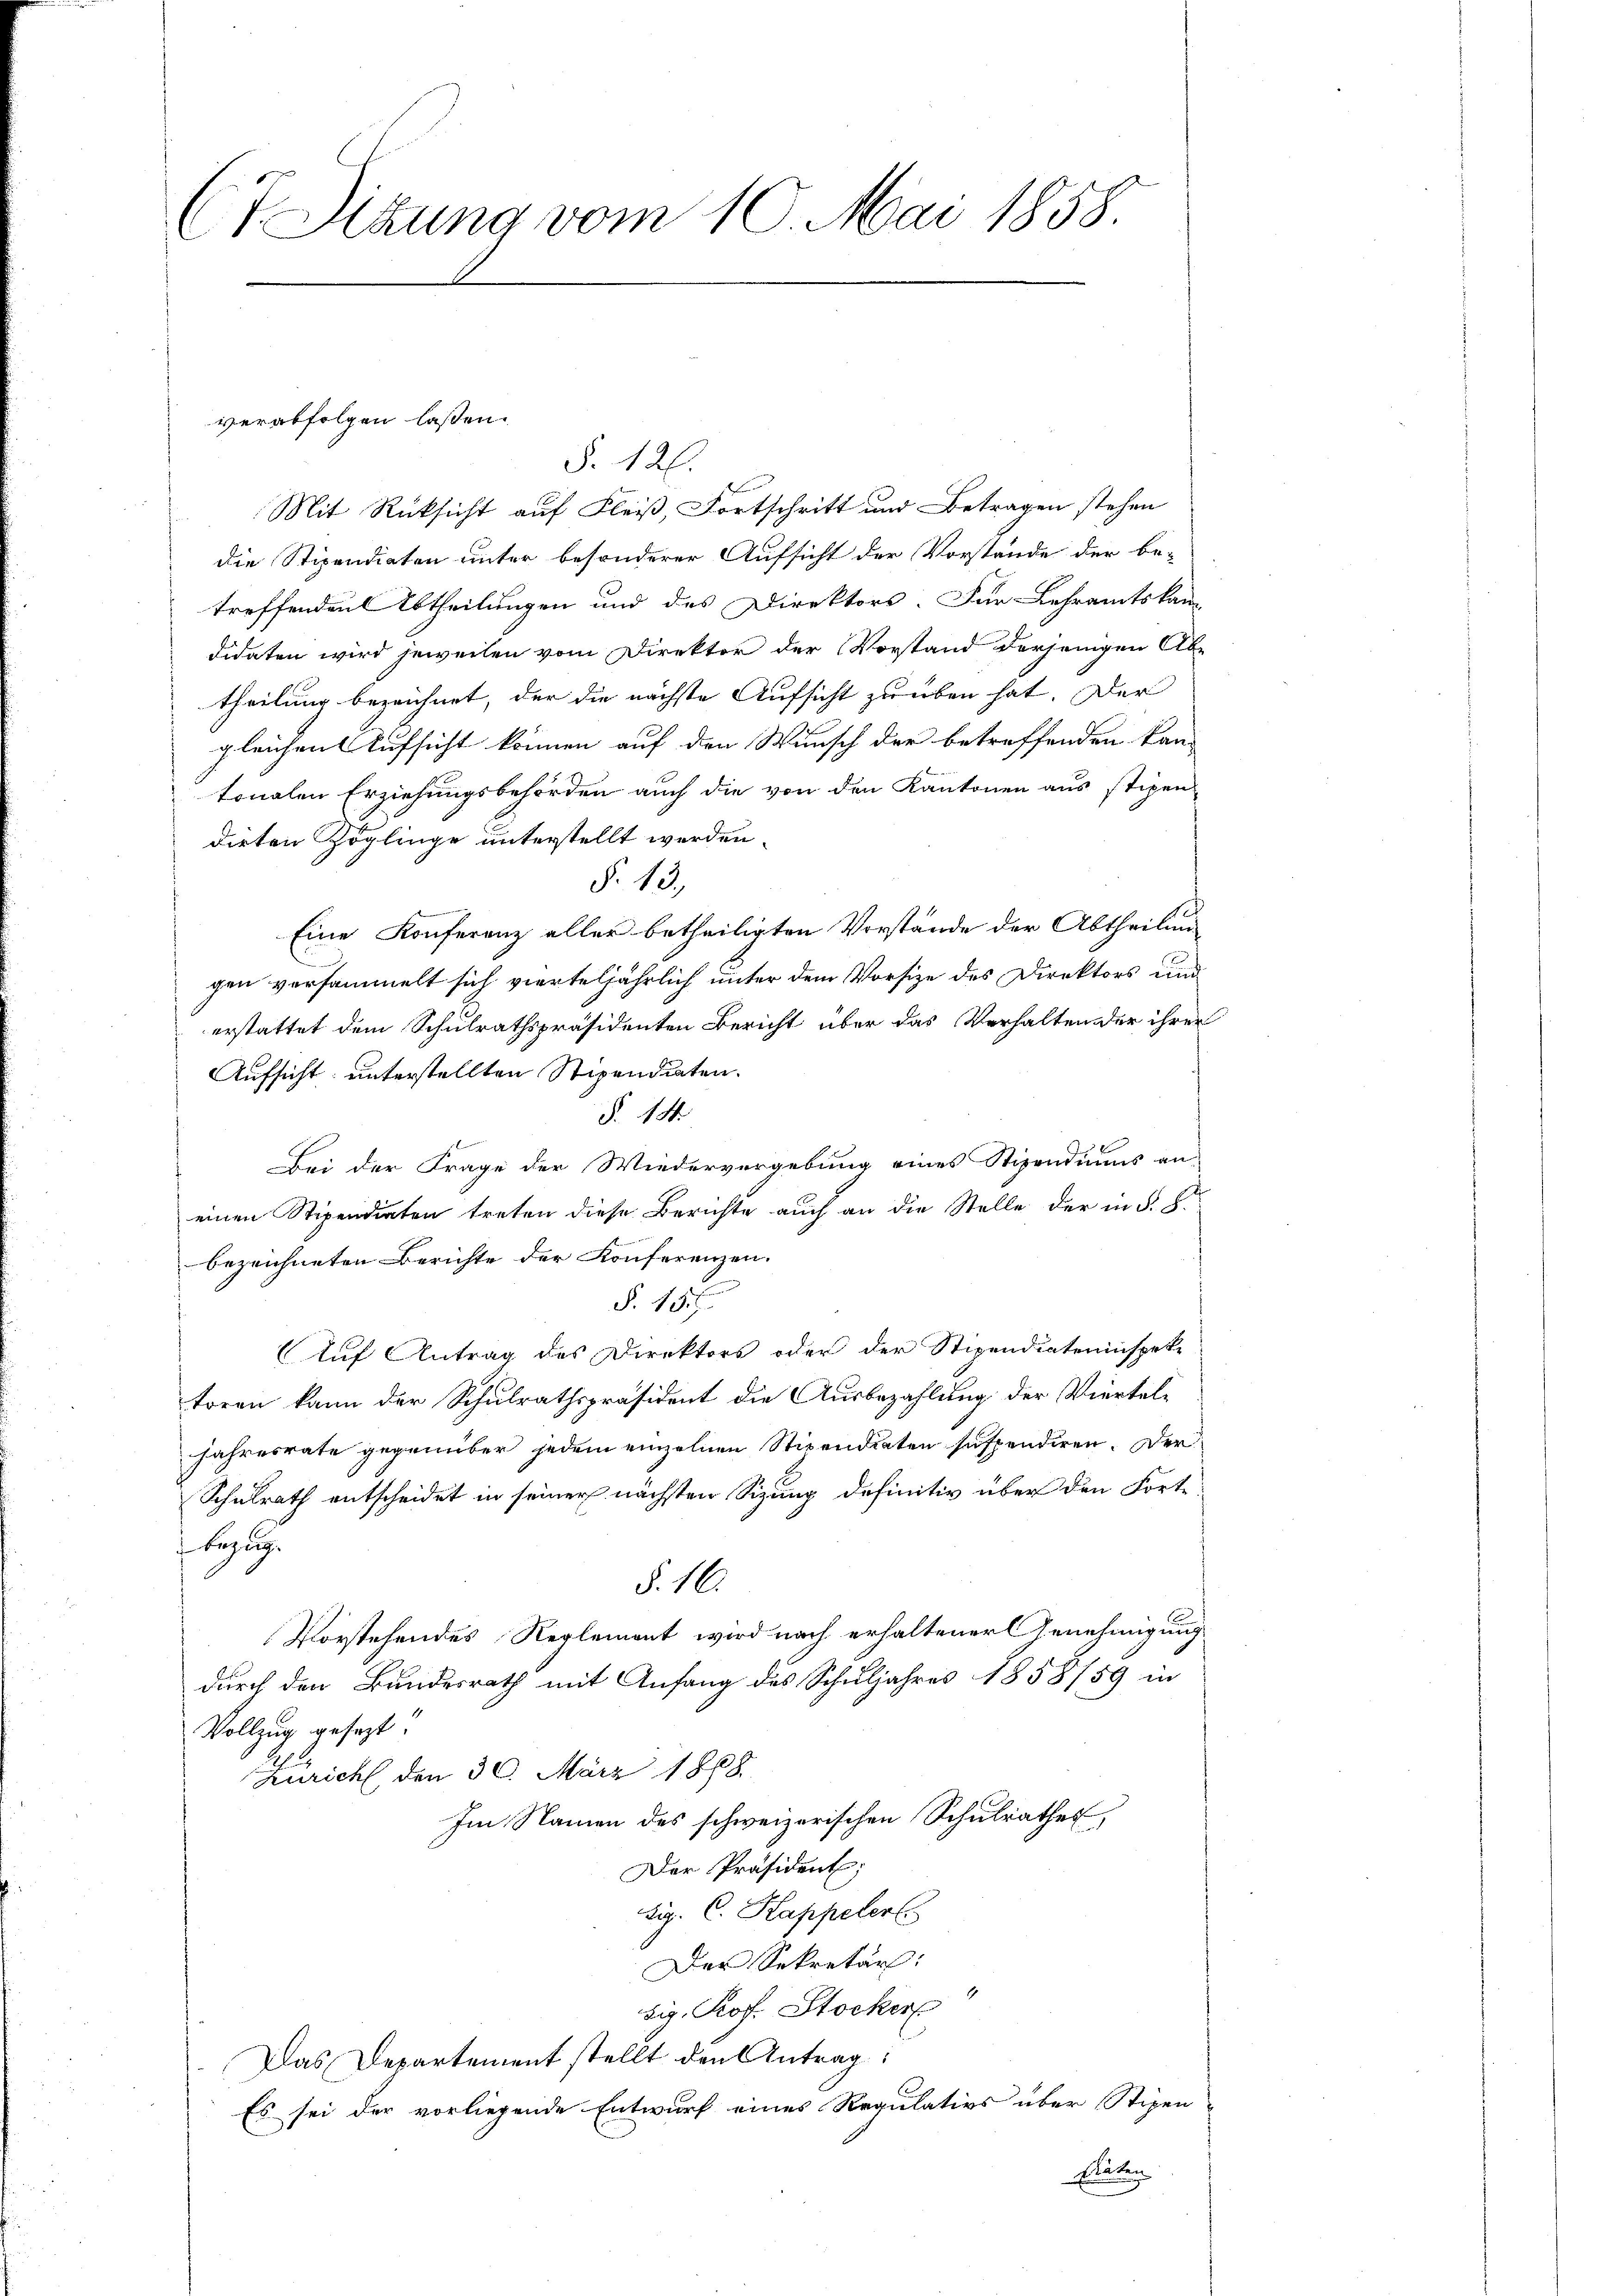
(7 Sitzung vom 10. Mai 1858.

§. 126.
Mit Rücksicht auf Fleiß, Fortschritt und Betragen stehen
die Stipendiaten unter besonderer Aufsicht der Vorstände der be-
treffenden Abtheilungen und des Direktors. Für Lehramtskan
didaten wird jeweilen vom Direktor der Vorstand derjenigen Abe
theilung bezeichnet, der die nächste Aufsicht zu üben hat. Der
gleichen Aufsicht können auf den Wunsch der betreffenden kan-
tonalen Erziehungsbehörden auch die von den Kantonen aus stipen-
dieten Zöglinge unterstellt werden.
§. 13,
.
Eine Konferenz aller betheiligten Vorstände der Abtheilung
gen versammelt sich vierteljährlich unter dem Vorsize des Direktors und
erstattet dem Schulrathspräsidenten Bericht über das Verhalten der ihrer
Aufsicht unterstellten Stipendiaten.
§. 14.
Bei der Frage der Wiedervergebung eines Stipendiums an-
einen Stipendiaten treten diese Berichte auch an die Stelle der in §. 8.
bezeichneten Berichte der Konferenzen.
No 13
Auf Antrag des Direktors oder der Stipendiateninspeke
toren kann der Schulrathspräsident die Ausbezahlung der Vierteljahresrate gegenüber jedem einzelnen Stipendiaten suspendiren. Der
Schulrath entscheidet in seiner nächsten Sizung definitiv über den Forte
bezug
§. 16.
Vorstehendes Reglement wird nach erhaltener Genehmigung
durch den Bundesrath mit Anfang des Schuljahres 1858/59 in
Vollzug gesezt:
Zuricht, den 30. März 1888
Im Namen des schweizerischen Schulrathes,
Der Präsident;
Aip. C. Kappeler
Der Sekretär:
dig. Prof. Stocker
Das Departement stellt den Antrag:
Es sei der vorliegende Entwurf eines Regulativs über Stipen
Stätten

verabfolgen lassen.